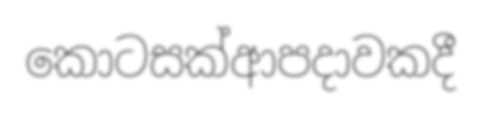
කොටසක්ආපදාවකදී